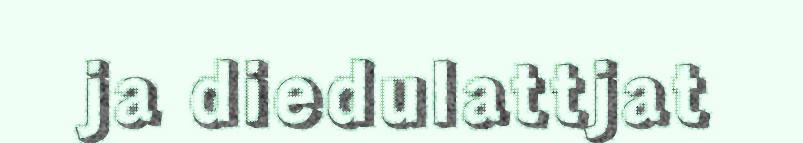
ja diedulattjat